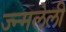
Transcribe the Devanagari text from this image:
ज्न्मलेली